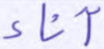
آناء